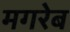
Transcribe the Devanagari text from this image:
मगरेब